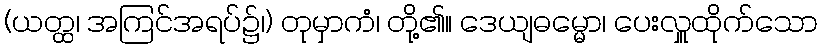
(ယတ္ထ၊ အကြင်အရပ်၌၊) တုမှာကံ၊ တို့၏။ ဒေယျဓမ္မော၊ ပေးလှူထိုက်သော